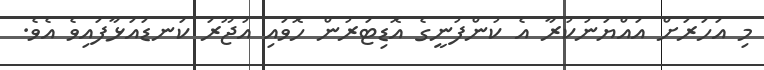
މި އަހަރަށް އައްޔަނުކުރާ އެ ކުންފުނީގެ އޮޑިޓަރުން ހޮވައި އުޖޫރަ ކަނޑައަޅާފައިވެ އެވެ.